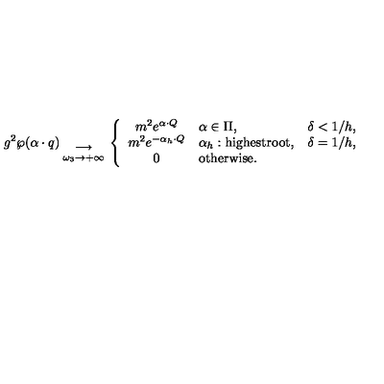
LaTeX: g ^ { 2 } \wp ( \alpha \cdot q ) { { } \atop { \longrightarrow \atop { \omega _ { 3 } \to + \infty } } } \left\{ \begin{array} { c l l } { m ^ { 2 } e ^ { \alpha \cdot Q } } & { \alpha \in \Pi , } & { \delta < 1 / h , } \\ { m ^ { 2 } e ^ { - \alpha _ { h } \cdot Q } } & { \alpha _ { h } : \mathrm { h i g h e s t r o o t } , } & { \delta = 1 / h , } \\ { 0 } & { \mathrm { o t h e r w i s e . } } & { } \\ \end{array} \right.